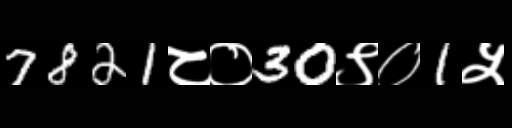
Text: 7821८०30९०1५